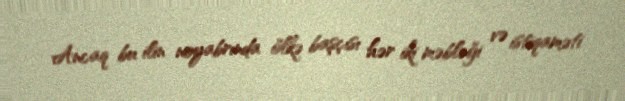
Ancaq bu ilin noyabrında ölkə başçısı hər iki məbləği və istiqaməti